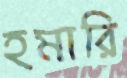
হমারি